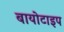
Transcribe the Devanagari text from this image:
बायोटाइप